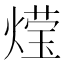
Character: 𮳶